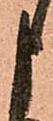
申